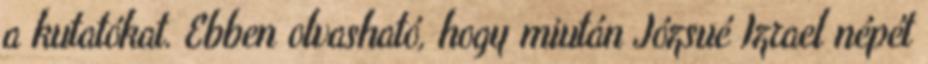
a kutatókat. Ebben olvasható, hogy miután Józsué Izrael népét